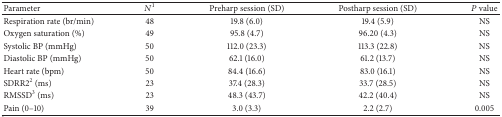
<table><thead><tr><td><b>Parameter</b></td><td><b><i>N</i><sup>1</sup></b></td><td><b>Preharp session (SD)</b></td><td><b>Postharp session (SD)</b></td><td><b><i>P</i> value</b></td></tr></thead><tbody><tr><td>Respiration rate (br/min)</td><td>48</td><td>19.8 (6.0)</td><td>19.4 (5.9)</td><td>NS</td></tr><tr><td>Oxygen saturation (%)</td><td>49</td><td>95.8 (4.7)</td><td>96.20 (4.3) </td><td>NS</td></tr><tr><td>Systolic BP (mmHg)</td><td>50</td><td>112.0 (23.3) </td><td>113.3 (22.8) </td><td>NS</td></tr><tr><td>Diastolic BP (mmHg)</td><td>50</td><td>62.1 (16.0) </td><td>61.2 (13.7) </td><td>NS</td></tr><tr><td>Heart rate (bpm)</td><td>50</td><td>84.4 (16.6) </td><td>83.0 (16.1) </td><td>NS</td></tr><tr><td>SDRR2<sup>2</sup> (ms)</td><td>23</td><td>37.4 (28.3)</td><td>33.7 (28.5) </td><td>NS</td></tr><tr><td>RMSSD<sup>3</sup> (ms)</td><td>23</td><td>48.3 (43.7)</td><td>42.2 (40.4) </td><td>NS</td></tr><tr><td>Pain (0–10)</td><td>39</td><td>3.0 (3.3) </td><td>2.2 (2.7) </td><td>0.005</td></tr></tbody></table>